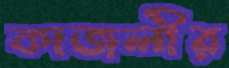
কাজলীর